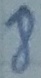
Text: 8